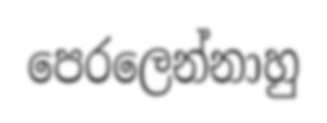
පෙරලෙන්නාහු